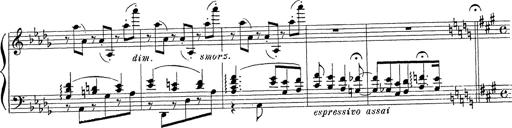
Title: Ballade No.1
Composer: Richard St. Clair